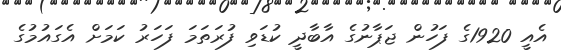
އެއީ 1920ގެ ފަހުން ޖަޕާނުގެ އާބާދީ ކުޑަވި ފުރަތަމަ ފަހަރު ކަމަށް އެގައުމުގެ